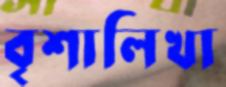
বৃশালিখা